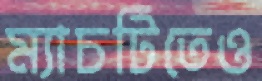
ম্যাচটিতেও